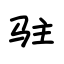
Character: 驻